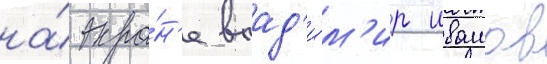
на́ экра́н'е влад'и́м'ир ивашов